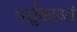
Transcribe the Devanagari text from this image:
पर्शुकाआं